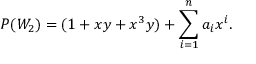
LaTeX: P ( W _ { 2 } ) = ( 1 + x y + x ^ { 3 } y ) + \sum _ { i = 1 } ^ { n } a _ { i } x ^ { i } .